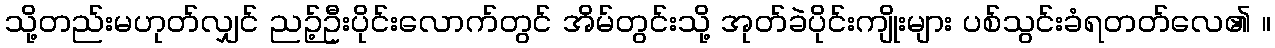
သို့တည်းမဟုတ်လျှင် ညဉ့်ဦးပိုင်းလောက်တွင် အိမ်တွင်းသို့ အုတ်ခဲပိုင်းကျိုးများ ပစ်သွင်းခံရတတ်လေ၏ ။